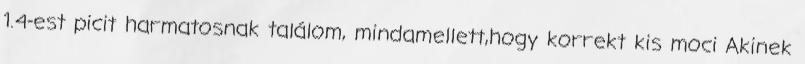
1.4-est picit harmatosnak találom, mindamellett,hogy korrekt kis moci Akinek